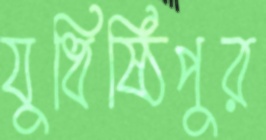
যুধিষ্ঠিপুর